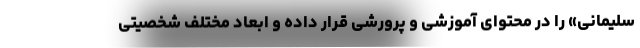
سلیمانی» را در محتوای آموزشی و پرورشی قرار داده و ابعاد مختلف شخصیتی